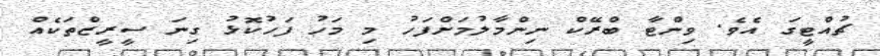
ޗުއްޓީގަ އެވެ. ވިންޓާ ބްރޭކް ނިންމާލުމަށްފަހު މި މަހު ފަހުކޮޅު ގިނަ ސީރީޒްތަކެއް